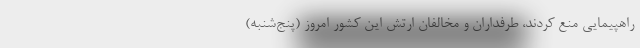
راهپیمایی منع کردند، طرفداران و مخالفان ارتش این کشور امروز (پنج‌شنبه)